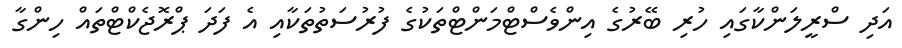
އަދި ސްރީލަންކާގައި ހުރި ބޭރުގެ އިންވެސްޓްމަންޓްތަކުގެ ފުރުސަތުތަކާއި އެ ފަދަ ޕްރޮޖެކްޓްތައް ހިންގާ